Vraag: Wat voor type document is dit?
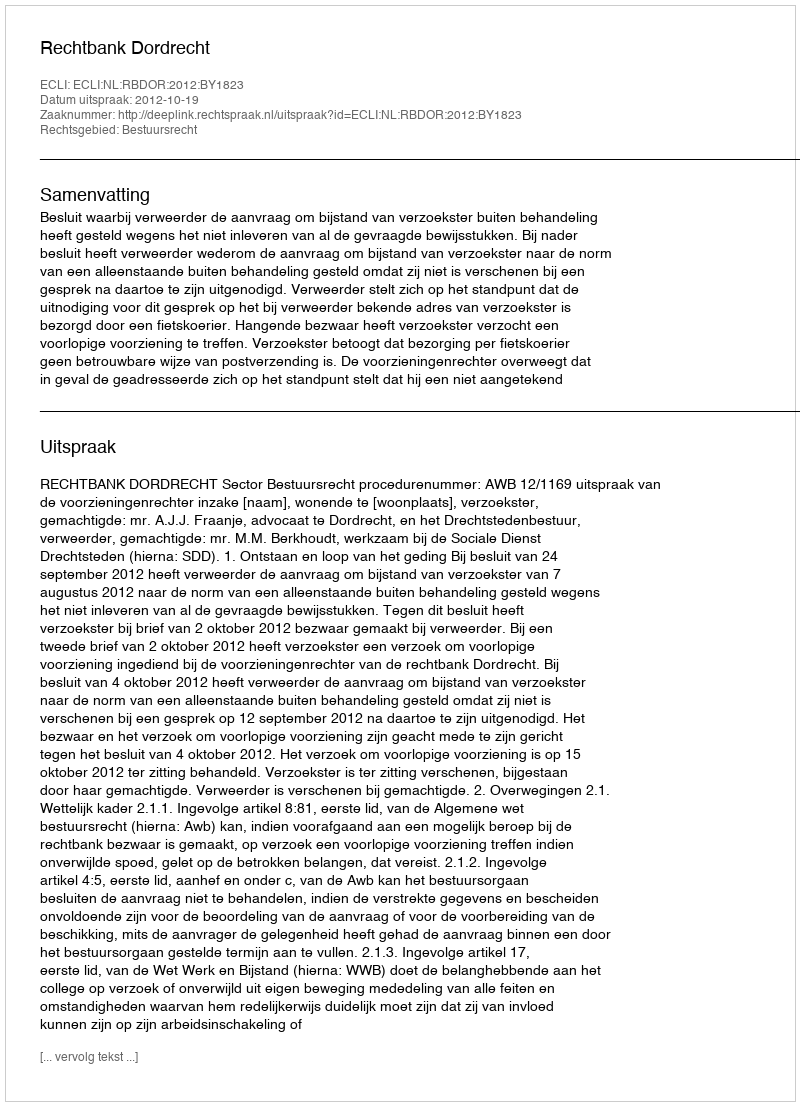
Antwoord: Uitspraak